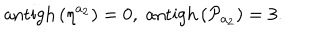
\mathrm { a n t i g h } \left( \eta ^ { a _ { 2 } } \right) = 0 , \; \mathrm { a n t i g h } \left( \mathcal { P } _ { a _ { 2 } } \right) = 3 .